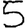
Digit: 5